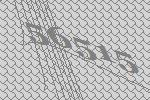
56515